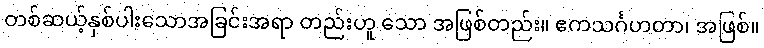
တစ်ဆယ့်နှစ်ပါးသောအခြင်းအရာ တည်းဟူ သော အဖြစ်တည်း။ ဧကသင်္ဂဟတာ၊ အဖြစ်။